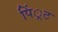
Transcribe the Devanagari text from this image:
पिं्रट